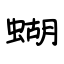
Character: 蝴